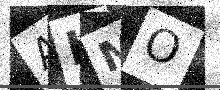
Text: AKMO